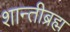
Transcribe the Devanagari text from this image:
शान्तीब्रह्म